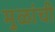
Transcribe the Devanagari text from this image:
मुळांची